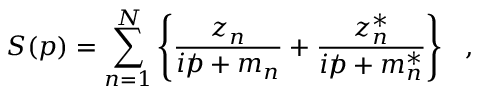
S ( p ) = \sum _ { n = 1 } ^ { N } \left\{ \frac { z _ { n } } { i / \! \! \! p + m _ { n } } + \frac { z _ { n } ^ { * } } { i / \! \! \! p + m _ { n } ^ { * } } \right\} ~ ~ ,